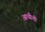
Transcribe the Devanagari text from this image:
आथीती